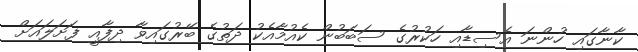
ކާނާގައި ހުންނަ އެސިޑާއި ހަކުރުގެ ސަބަބުން ކެއުމާއެކު ދަތުގެ ބޭރުގައިވާ ދިފާއީ ފަށަލައަށް